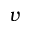
v